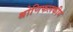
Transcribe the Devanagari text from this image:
श्रोणिफलकीय